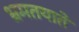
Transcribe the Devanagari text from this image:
भ्रमतयाते